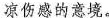
伤感的意境。